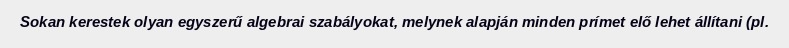
Sokan kerestek olyan egyszerű algebrai szabályokat, melynek alapján minden prímet elő lehet állítani (pl.